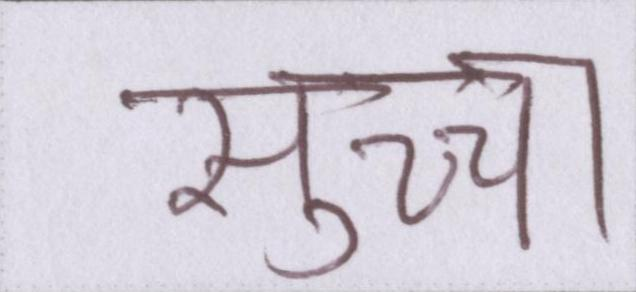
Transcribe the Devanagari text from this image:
सुच्चा